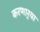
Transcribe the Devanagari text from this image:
करणार्‍या